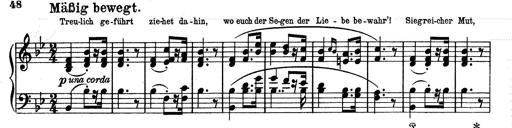
Title: Aus Lohengrin
Composer: Franz Liszt